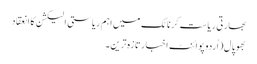
بھارتی ریاست کرناٹک میں اہم ریاستی الیکشن کا انعقاد
بھوپال(اُردو پوائنٹ اخبارتازہ ترین۔